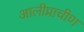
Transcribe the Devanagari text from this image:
आलीप्राचीण